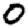
Digit: 0